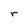
Character: r